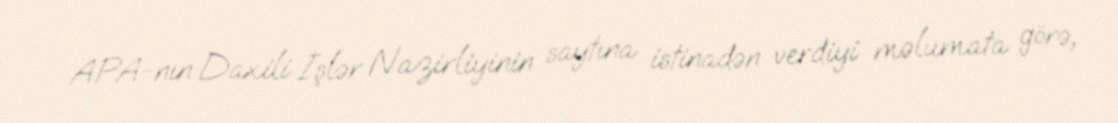
APA-nın Daxili İşlər Nazirliyinin saytına istinadən verdiyi məlumata görə,